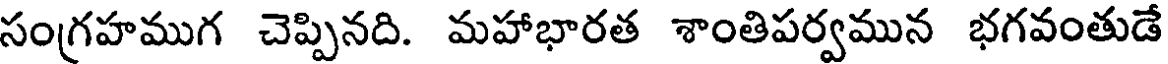
సంగ్రహముగ చెప్పినది. మహాభారత శాంతిపర్వమున భగవంతుడే